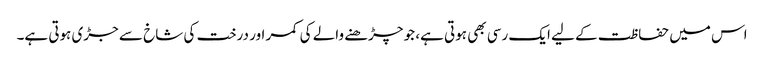
اس میں حفاظت کے لیے ایک رسی بھی ہوتی ہے، جو چڑھنے والے کی کمر اور درخت کی شاخ سے جڑی ہوتی ہے۔